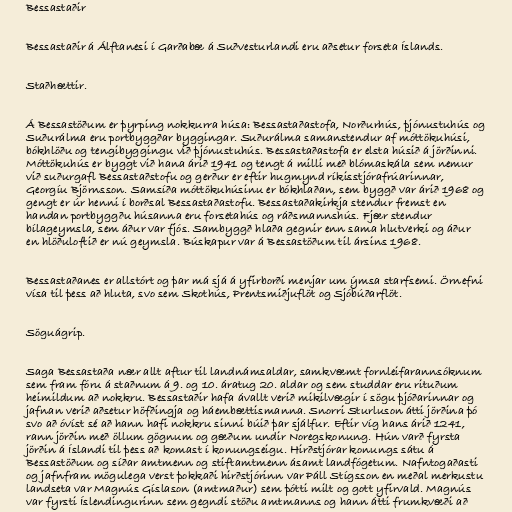
Bessastaðir

Bessastaðir á Álftanesi í Garðabæ á Suðvesturlandi eru aðsetur forseta Íslands.

Staðhættir.

Á Bessastöðum er þyrping nokkurra húsa: Bessastaðastofa, Norðurhús, þjónustuhús og
Suðurálma eru portbyggðar byggingar. Suðurálma samanstendur af móttökuhúsi,
bókhlöðu og tengibyggingu við þjónustuhús. Bessastaðastofa er elsta húsið á jörðinni.
Móttökuhús er byggt við hana árið 1941 og tengt á milli með blómaskála sem nemur
við suðurgafl Bessastaðstofu og gerður er eftir hugmynd ríkisstjórafrúarinnar,
Georgíu Björnsson. Samsíða móttökuhúsinu er bókhlaðan, sem byggð var árið 1968 og
gengt er úr henni í borðsal Bessastaðastofu. Bessastaðakirkja stendur fremst en
handan portbyggðu húsanna eru forsetahús og ráðsmannshús. Fjær stendur
bílageymsla, sem áður var fjós. Sambyggð hlaða gegnir enn sama hlutverki og áður
en hlöðuloftið er nú geymsla. Búskapur var á Bessastöðum til ársins 1968.

Bessastaðanes er allstórt og þar má sjá á yfirborði menjar um ýmsa starfsemi. Örnefni
vísa til þess að hluta, svo sem Skothús, Prentsmiðjuflöt og Sjóbúðarflöt.

Söguágrip.

Saga Bessastaða nær allt aftur til landnámsaldar, samkvæmt fornleifarannsóknum
sem fram fóru á staðnum á 9. og 10. áratug 20. aldar og sem studdar eru rituðum
heimildum að nokkru. Bessastaðir hafa ávallt verið mikilvægir í sögu þjóðarinnar og
jafnan verið aðsetur höfðingja og háembættismanna. Snorri Sturluson átti jörðina þó
svo að óvíst sé að hann hafi nokkru sinni búið þar sjálfur. Eftir víg hans árið 1241,
rann jörðin með öllum gögnum og gæðum undir Noregskonung. Hún varð fyrsta
jörðin á Íslandi til þess að komast í konungseigu. Hirðstjórar konungs sátu á
Bessastöðum og síðar amtmenn og stiftamtmenn ásamt landfógetum. Nafntogaðasti
og jafnfram mögulega verst þokkaði hirðstjórinn var Páll Stígsson en meðal merkustu
landseta var Magnús Gíslason (amtmaður) sem þótti milt og gott yfirvald. Magnús
var fyrsti Íslendingurinn sem gegndi stöðu amtmanns og hann átti frumkvæði að